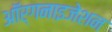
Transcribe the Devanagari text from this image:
आॅर्गनाइजेशन